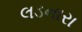
લડનારા